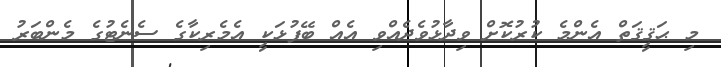
މި ޙަޤީޤަތް އެންމެ ކުރުކޮށް ވިދާޅުވެދެއްވި އެއް ބޭފުޅަކީ އެމެރިކާގެ ސެނެޓުގެ މެންބަރު